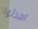
اهدئوا